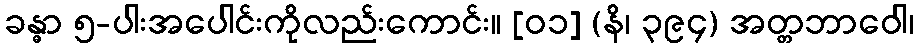
ခန္ဓာ ၅-ပါးအပေါင်းကိုလည်းကောင်း။ [၀၁] (နိ၊ ၃၉၄) အတ္တဘာဝေါ၊